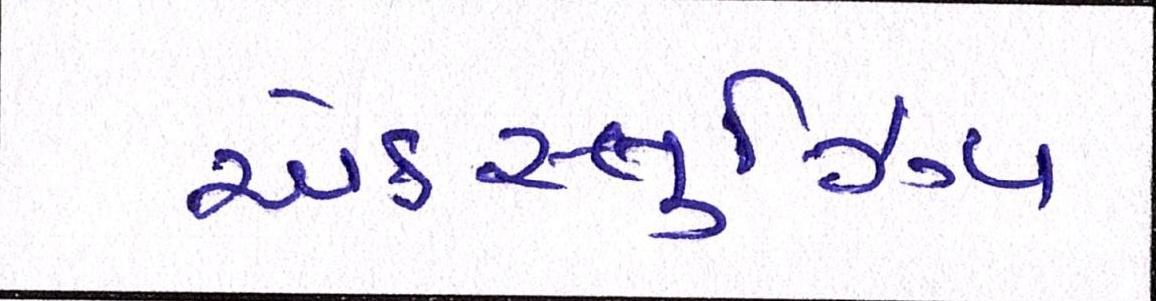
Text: એક્સ્લુઝિવ